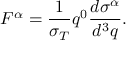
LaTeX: F ^ { \alpha } = \frac { 1 } { \sigma _ { T } } q ^ { 0 } \frac { d \sigma ^ { \alpha } } { d ^ { 3 } q } .